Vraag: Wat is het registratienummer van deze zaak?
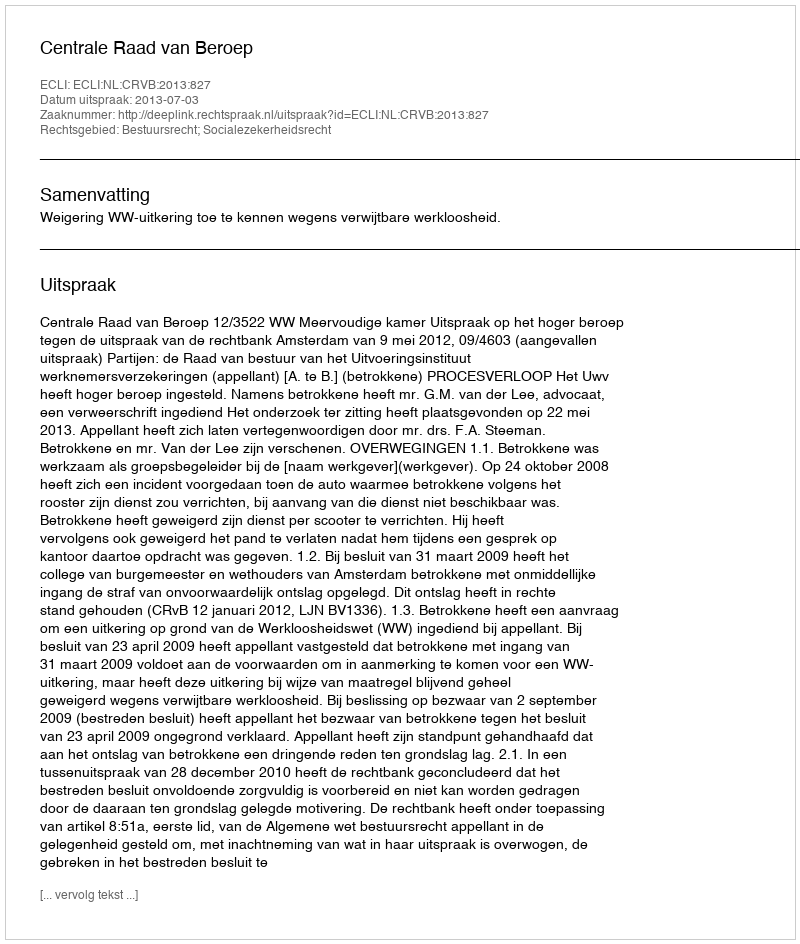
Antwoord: http://deeplink.rechtspraak.nl/uitspraak?id=ECLI:NL:CRVB:2013:827